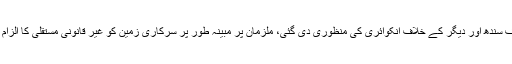
اجلاس میں لینڈ یوٹیلائزیشن ڈیپارٹمنٹ گورنمنٹ آف سندھ اور دیگر کے خلاف انکوائری کی منظوری دی گئی، ملزمان پر مبینہ طور پر سرکاری زمین کو غیر قانونی مستقلی کا الزام ہے جس سے قومی خزانہ کو بھاری نقصان پہنچا۔